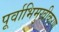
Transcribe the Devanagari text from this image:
पूर्वाभिमुखीकरण